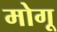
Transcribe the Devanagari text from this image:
मोगू